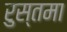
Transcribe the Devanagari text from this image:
रुस्तमा